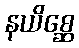
နယိစ္ဆေ